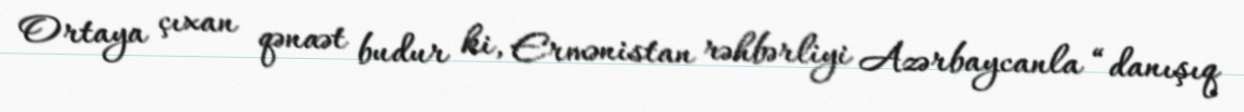
Ortaya çıxan qənaət budur ki, Ermənistan rəhbərliyi Azərbaycanla “danışıq